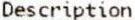
DESCRIPTION